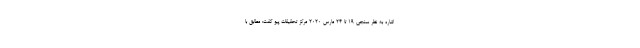
اشاره به نظر سنجی ۱۹ تا ۲۴ مارس ۲۰۲۰ مرکز تحقیقات پیو گفت: مطابق با